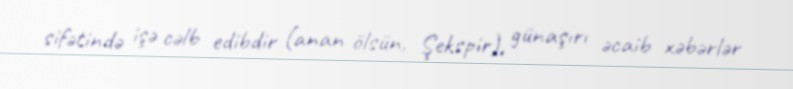
sifətində işə cəlb edibdir (anan ölsün, Şekspir), günaşırı əcaib xəbərlər